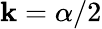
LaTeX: \mathbf{k}=\alpha/2